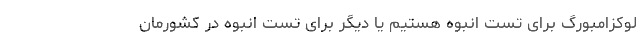
لوکزامبورگ برای تست انبوه هستیم یا دیگر برای تست انبوه در کشورمان